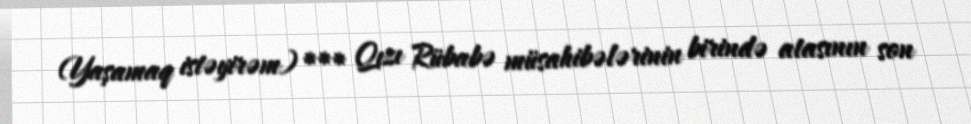
(Yaşamaq istəyirəm) *** Qızı Rübabə müsahibələrinin birində atasının son